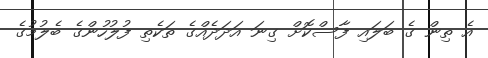
އެ ތިން ގެ ބަލައި ފާސްކޮށް ގިނަ އަދަދެއްގެ ތަކެތި ފުލުހުންގެ ބެލުމުގެ